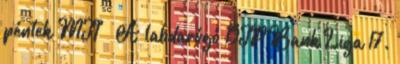
péntek MTI – A labdarúgó OTP Bank Liga 17.